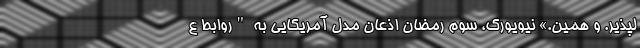
لپذیر. و همین.» نیویورک، سوم رمضان اذعان مدل آمریکایی به "روابط ع